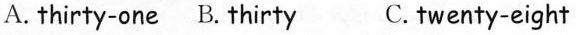
A.thirty-one B. Thirty C. twenty-eight